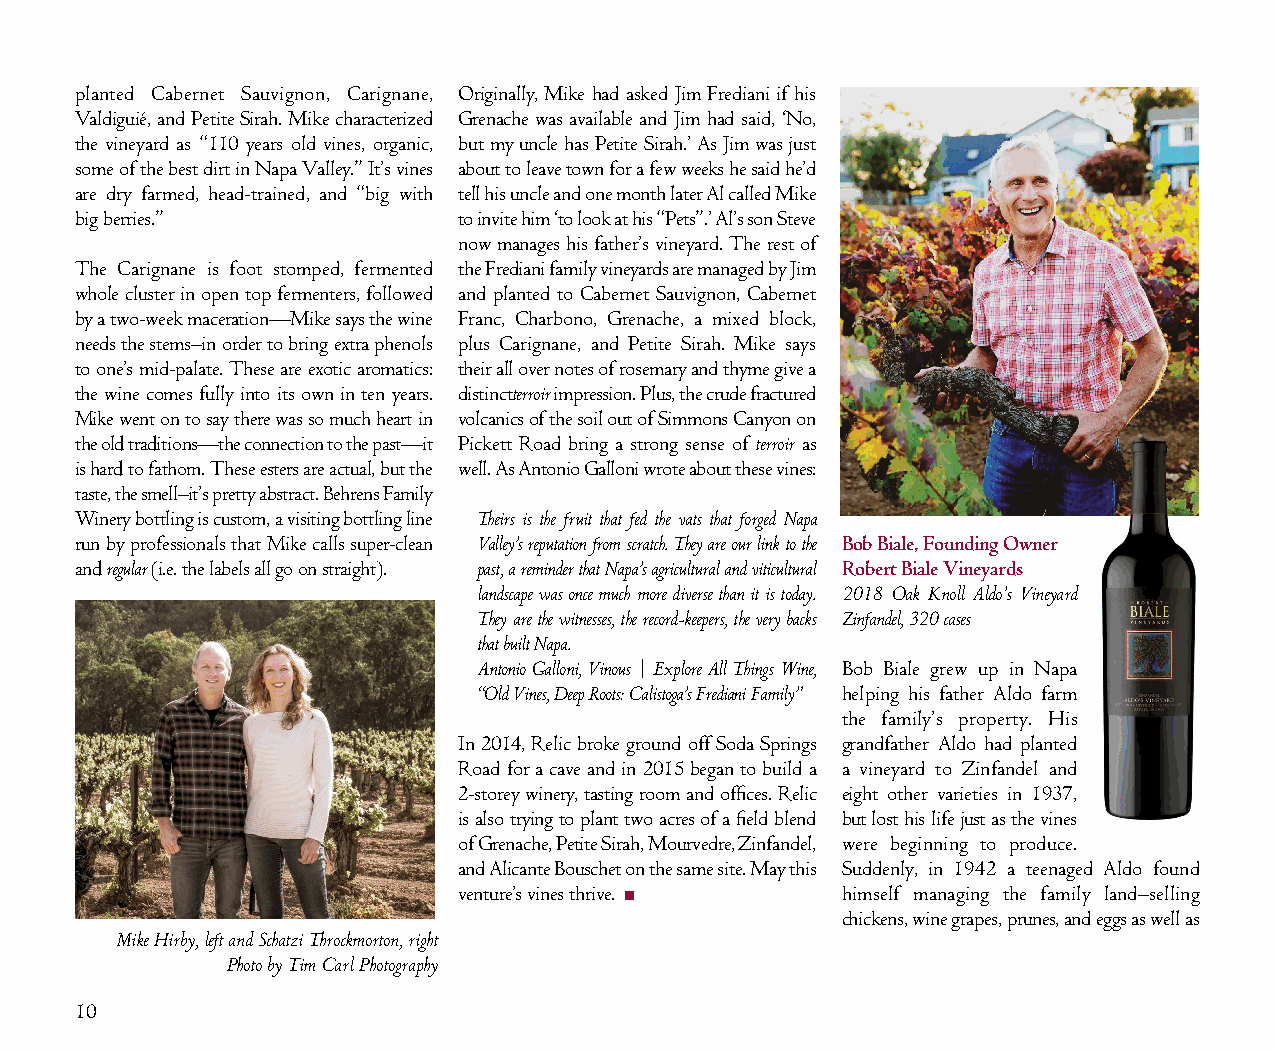
planted Cabernet Sauvignon, Carignane, Originally, Mike had asked Jim Frediani if his
 Valdiguié, and Petite Sirah. Mike characterized Grenache was available and Jim had said, ‘No,
 the vineyard as “110 years old vines, organic, but my uncle has Petite Sirah.’ As Jim was just
 some of the best dirt in Napa Valley.” It’s vines about to leave town for a few weeks he said he’d
 are dry farmed, head-trained, and “big with tell his uncle and one month later Al called Mike
 big berries.”            to invite him ‘to look at his “Pets”.’ Al’s son Steve
 now manages his father’s vineyard. The rest of
 The Carignane is foot stomped, fermented the Frediani family vineyards are managed by Jim
 whole cluster in open top fermenters, followed and planted to Cabernet Sauvignon, Cabernet
 by a two-week maceration—Mike says the wine Franc, Charbono, Grenache, a mixed block,
 needs the stems–in order to bring extra phenols plus Carignane, and Petite Sirah. Mike says
 to one’s mid-palate. These are exotic aromatics: their all over notes of rosemary and thyme give a
 the wine comes fully into its own in ten years. distinctterroir impression. Plus, the crude fractured
 Mike went on to say there was so much heart in volcanics of the soil out of Simmons Canyon on
 the old traditions—the connection to the past—it Pickett Road bring a strong sense of terroir as
 is hard to fathom. These esters are actual, but the well. As Antonio Galloni wrote about these vines:
 taste, the smell–it’s pretty abstract. Behrens Family
 Winery bottling is custom, a visiting bottling line Theirs is the fruit that fed the vats that forged Napa
 run by professionals that Mike calls super-clean Valley’s reputation from scratch. They are our link to the Bob Biale, Founding Owner
 and regular (i.e. the labels all go on straight). past, a reminder that Napa’s agricultural and viticultural Robert Biale Vineyards
 landscape was once much more diverse than it is today. 2018 Oak Knoll Aldo’s Vineyard
 They are the witnesses, the record-keepers, the very backs Zinfandel, 320 cases
 that built Napa.
 Antonio Galloni, Vinous | Explore All Things Wine, Bob Biale grew up in Napa
 “Old Vines, Deep Roots: Calistoga’s Frediani Family” helping his father Aldo farm
 the family’s property. His
 In 2014, Relic broke ground off Soda Springs grandfather Aldo had planted
 Road for a cave and in 2015 began to build a a vineyard to Zinfandel and
 2-storey winery, tasting room and offices. Relic eight other varieties in 1937,
 is also trying to plant two acres of a field blend but lost his life just as the vines
 of Grenache, Petite Sirah, Mourvedre, Zinfandel, were beginning to produce.
 and Alicante Bouschet on the same site. May this Suddenly, in 1942 a teenaged Aldo found
 venture’s vines thrive. ■ himself managing the family land–selling
 chickens, wine grapes, prunes, and eggs as well as
 Mike Hirby, left and Schatzi Throckmorton, right
 Photo by Tim Carl Photography
 10